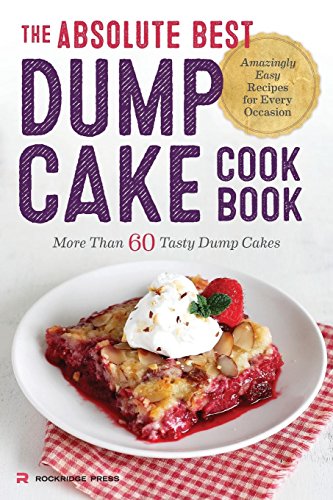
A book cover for Absolute Best Dump Cake Cookbook: More Than 60 Tasty Dump Cakes; Rockridge Press; Cookbooks, Food & Wine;